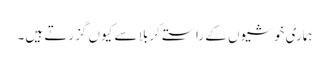
ہماری خوشیوں کے راستے کربلا سے کیوں گزرتے ہیں۔